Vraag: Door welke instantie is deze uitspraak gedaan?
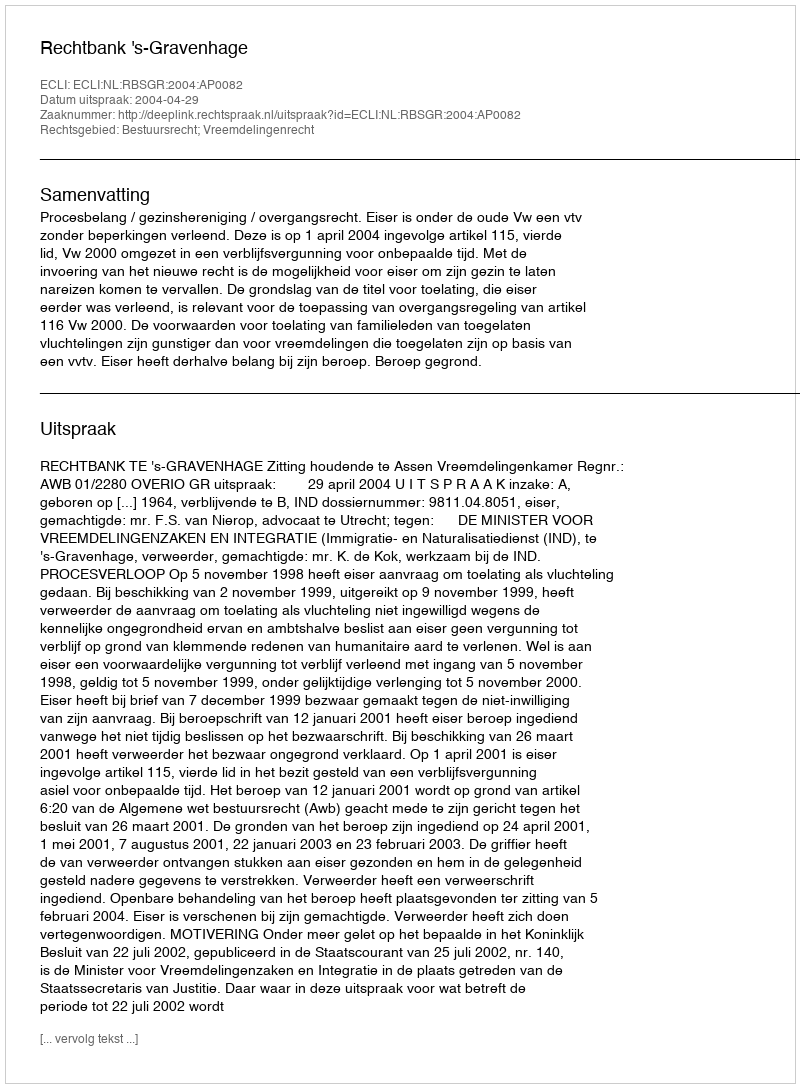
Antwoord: Rechtbank 's-Gravenhage